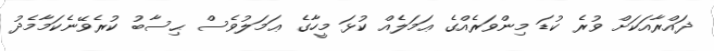
ޛައްރާއަކަށް ވުރެ ކުޑަ މިންވަރެއްގެ ޢަމަލެއް ކުޅަ މީހާގެ ޢަމަލުވެސް ޙިސާބު ކުރެވޭނެކަމާމެދު